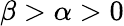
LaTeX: \beta>\alpha>0